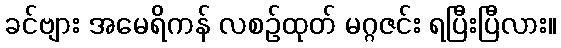
ခင်ဗျား အမေရိကန် လစဉ်ထုတ် မဂ္ဂဇင်း ရပြီးပြီလား။